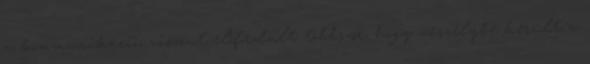
a kommunikáció, viszont előfordult többször, hogy veszélybe került a